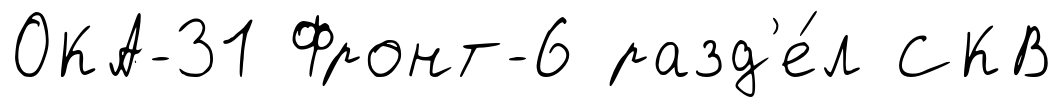
ОКА-31 Фронт-6 разд'е́л СКВ